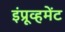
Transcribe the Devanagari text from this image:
इंप्रूव्हमेंट